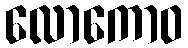
လောကောဝ